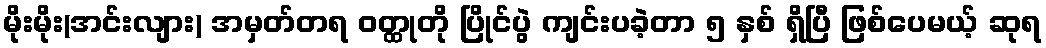
မိုးမိုး(အင်းလျား) အမှတ်တရ ဝတ္ထုတို ပြိုင်ပွဲ ကျင်းပခဲ့တာ ၅ နှစ် ရှိပြီ ဖြစ်ပေမယ့် ဆုရ